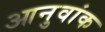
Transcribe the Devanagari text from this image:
आनुवांक